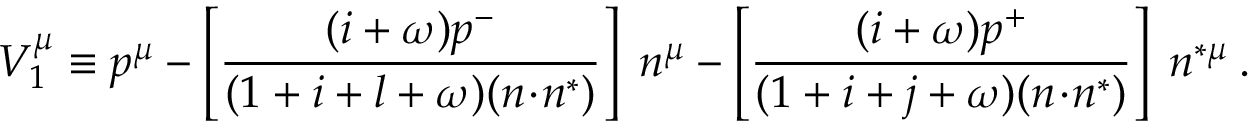
V _ { 1 } ^ { \mu } \equiv p ^ { \mu } - \left[ \frac { ( i + \omega ) p ^ { - } } { ( 1 + i + l + \omega ) ( n \! \cdot \! n ^ { * } ) } \right] \; n ^ { \mu } - \left[ \frac { ( i + \omega ) p ^ { + } } { ( 1 + i + j + \omega ) ( n \! \cdot \! n ^ { * } ) } \right] \; n ^ { * \mu } \: .